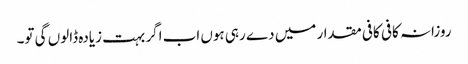
روزانہ کافی کافی مقدار میں دے رہی ہوں اب اگر بہت زیادہ ڈالوں گی تو۔